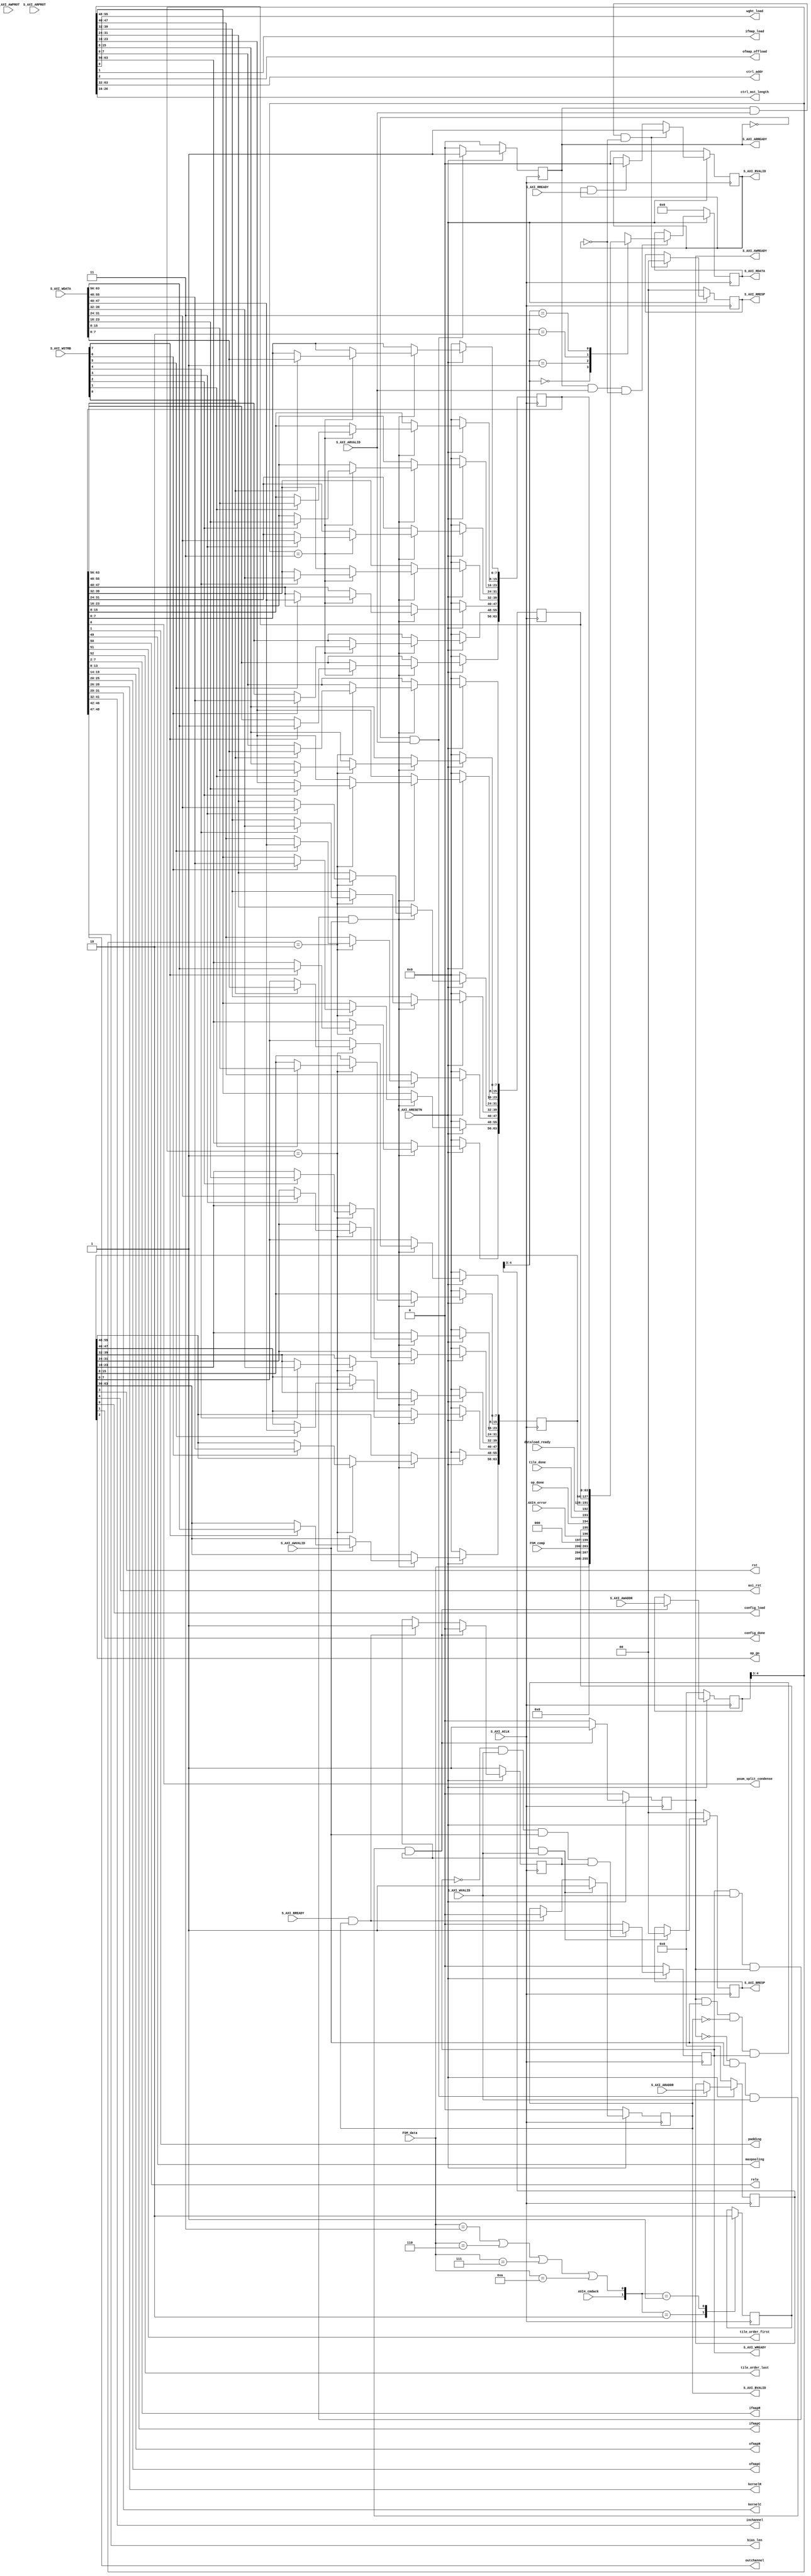

`timescale 1 ns / 1 ps

	module axi_light_slv_v1_0_S00_AXI #
	(
		// Users to add parameters here
        parameter integer C_M_AXI_ADDR_WIDTH=32,
        parameter integer C_LENGTH_WIDTH=14,
		// User parameters ends
		// Do not modify the parameters beyond this line

		// Width of S_AXI data bus
		parameter integer C_S_AXI_DATA_WIDTH	= 64,
		// Width of S_AXI address bus
		parameter integer C_S_AXI_ADDR_WIDTH	= 5
	)
	(
		// Users to add ports here
		input dataload_ready,
		input tile_done,
		input op_done,
		input AXI4_cmdack,
		input AXI4_error,
		input [3:0] FSM_comp,
		input [3:0] FSM_data,

		output rst,
		output axi_rst,
		output config_load,
		output config_done,
		output op_go,
		
		output psum_split_condense,
		output padding,
		output maxpooling,
		output relu,
		output tile_order_first,
		output tile_order_last,
		output [5:0] ifmapR,
		output [5:0] ifmapC,
		output [5:0] ofmapR,
		output [5:0] ofmapC,
		output [2:0] kernelR,
		output [2:0] kernelC,
		output [9:0] inchannel,
		output [4:0] outchannel,
		output [1:0] bias_len,

		output wght_load,
		output ifmap_load,
		output ofmap_offload,

		output [C_M_AXI_ADDR_WIDTH-1:0] ctrl_addr,
		output [C_LENGTH_WIDTH-1:3] ctrl_mst_length,
		// User ports ends
		// Do not modify the ports beyond this line

		// Global Clock Signal
		input wire  S_AXI_ACLK,
		// Global Reset Signal. This Signal is Active LOW
		input wire  S_AXI_ARESETN,
		// Write address (issued by master, acceped by Slave)
		input wire [C_S_AXI_ADDR_WIDTH-1 : 0] S_AXI_AWADDR,
		// Write channel Protection type. This signal indicates the
    		// privilege and security level of the transaction, and whether
    		// the transaction is a data access or an instruction access.
		input wire [2 : 0] S_AXI_AWPROT,
		// Write address valid. This signal indicates that the master signaling
    		// valid write address and control information.
		input wire  S_AXI_AWVALID,
		// Write address ready. This signal indicates that the slave is ready
    		// to accept an address and associated control signals.
		output wire  S_AXI_AWREADY,
		// Write data (issued by master, acceped by Slave) 
		input wire [C_S_AXI_DATA_WIDTH-1 : 0] S_AXI_WDATA,
		// Write strobes. This signal indicates which byte lanes hold
    		// valid data. There is one write strobe bit for each eight
    		// bits of the write data bus.    
		input wire [(C_S_AXI_DATA_WIDTH/8)-1 : 0] S_AXI_WSTRB,
		// Write valid. This signal indicates that valid write
    		// data and strobes are available.
		input wire  S_AXI_WVALID,
		// Write ready. This signal indicates that the slave
    		// can accept the write data.
		output wire  S_AXI_WREADY,
		// Write response. This signal indicates the status
    		// of the write transaction.
		output wire [1 : 0] S_AXI_BRESP,
		// Write response valid. This signal indicates that the channel
    		// is signaling a valid write response.
		output wire  S_AXI_BVALID,
		// Response ready. This signal indicates that the master
    		// can accept a write response.
		input wire  S_AXI_BREADY,
		// Read address (issued by master, acceped by Slave)
		input wire [C_S_AXI_ADDR_WIDTH-1 : 0] S_AXI_ARADDR,
		// Protection type. This signal indicates the privilege
    		// and security level of the transaction, and whether the
    		// transaction is a data access or an instruction access.
		input wire [2 : 0] S_AXI_ARPROT,
		// Read address valid. This signal indicates that the channel
    		// is signaling valid read address and control information.
		input wire  S_AXI_ARVALID,
		// Read address ready. This signal indicates that the slave is
    		// ready to accept an address and associated control signals.
		output wire  S_AXI_ARREADY,
		// Read data (issued by slave)
		output wire [C_S_AXI_DATA_WIDTH-1 : 0] S_AXI_RDATA,
		// Read response. This signal indicates the status of the
    		// read transfer.
		output wire [1 : 0] S_AXI_RRESP,
		// Read valid. This signal indicates that the channel is
    		// signaling the required read data.
		output wire  S_AXI_RVALID,
		// Read ready. This signal indicates that the master can
    		// accept the read data and response information.
		input wire  S_AXI_RREADY
	);

	reg cmdackstate;
	wire cmpltstate;

	// AXI4LITE signals
	reg [C_S_AXI_ADDR_WIDTH-1 : 0] 	axi_awaddr;
	reg  	axi_awready;
	reg  	axi_wready;
	reg [1 : 0] 	axi_bresp;
	reg  	axi_bvalid;
	reg [C_S_AXI_ADDR_WIDTH-1 : 0] 	axi_araddr;
	reg  	axi_arready;
	reg [C_S_AXI_DATA_WIDTH-1 : 0] 	axi_rdata;
	reg [1 : 0] 	axi_rresp;
	reg  	axi_rvalid;

	// Example-specific design signals
	// local parameter for addressing 32 bit / 64 bit C_S_AXI_DATA_WIDTH
	// ADDR_LSB is used for addressing 32/64 bit registers/memories
	// ADDR_LSB = 2 for 32 bits (n downto 2)
	// ADDR_LSB = 3 for 64 bits (n downto 3)
	localparam integer ADDR_LSB = (C_S_AXI_DATA_WIDTH/32) + 1;
	localparam integer OPT_MEM_ADDR_BITS = 1;
	//----------------------------------------------
	//-- Signals for user logic register space example
	//------------------------------------------------
	//-- Number of Slave Registers 4
	reg [C_S_AXI_DATA_WIDTH-1:0]	slv_reg0;
	reg [C_S_AXI_DATA_WIDTH-1:0]	slv_reg1;
	reg [C_S_AXI_DATA_WIDTH-1:0]	slv_reg2;
	reg [C_S_AXI_DATA_WIDTH-1:0]	slv_reg3;
	wire	 slv_reg_rden;
	wire	 slv_reg_wren;
	reg [C_S_AXI_DATA_WIDTH-1:0]	 reg_data_out;
	integer	 byte_index;
	reg	 aw_en;

	// I/O Connections assignments

	assign S_AXI_AWREADY	= axi_awready;
	assign S_AXI_WREADY	= axi_wready;
	assign S_AXI_BRESP	= axi_bresp;
	assign S_AXI_BVALID	= axi_bvalid;
	assign S_AXI_ARREADY	= axi_arready;
	assign S_AXI_RDATA	= axi_rdata;
	assign S_AXI_RRESP	= axi_rresp;
	assign S_AXI_RVALID	= axi_rvalid;
	// Implement axi_awready generation
	// axi_awready is asserted for one S_AXI_ACLK clock cycle when both
	// S_AXI_AWVALID and S_AXI_WVALID are asserted. axi_awready is
	// de-asserted when reset is low.

	always @( posedge S_AXI_ACLK )
	begin
	  if ( S_AXI_ARESETN == 1'b0 )
	    begin
	      axi_awready <= 1'b0;
	      aw_en <= 1'b1;
	    end 
	  else
	    begin    
	      if (~axi_awready && S_AXI_AWVALID && S_AXI_WVALID && aw_en)
	        begin
	          // slave is ready to accept write address when 
	          // there is a valid write address and write data
	          // on the write address and data bus. This design 
	          // expects no outstanding transactions. 
	          axi_awready <= 1'b1;
	          aw_en <= 1'b0;
	        end
	        else if (S_AXI_BREADY && axi_bvalid)
	            begin
	              aw_en <= 1'b1;
	              axi_awready <= 1'b0;
	            end
	      else           
	        begin
	          axi_awready <= 1'b0;
	        end
	    end 
	end       

	// Implement axi_awaddr latching
	// This process is used to latch the address when both 
	// S_AXI_AWVALID and S_AXI_WVALID are valid. 

	always @( posedge S_AXI_ACLK )
	begin
	  if ( S_AXI_ARESETN == 1'b0 )
	    begin
	      axi_awaddr <= 0;
	    end 
	  else
	    begin    
	      if (~axi_awready && S_AXI_AWVALID && S_AXI_WVALID && aw_en)
	        begin
	          // Write Address latching 
	          axi_awaddr <= S_AXI_AWADDR;
	        end
	    end 
	end       

	// Implement axi_wready generation
	// axi_wready is asserted for one S_AXI_ACLK clock cycle when both
	// S_AXI_AWVALID and S_AXI_WVALID are asserted. axi_wready is 
	// de-asserted when reset is low. 

	always @( posedge S_AXI_ACLK )
	begin
	  if ( S_AXI_ARESETN == 1'b0 )
	    begin
	      axi_wready <= 1'b0;
	    end 
	  else
	    begin    
	      if (~axi_wready && S_AXI_WVALID && S_AXI_AWVALID && aw_en )
	        begin
	          // slave is ready to accept write data when 
	          // there is a valid write address and write data
	          // on the write address and data bus. This design 
	          // expects no outstanding transactions. 
	          axi_wready <= 1'b1;
	        end
	      else
	        begin
	          axi_wready <= 1'b0;
	        end
	    end 
	end       

	// Implement memory mapped register select and write logic generation
	// The write data is accepted and written to memory mapped registers when
	// axi_awready, S_AXI_WVALID, axi_wready and S_AXI_WVALID are asserted. Write strobes are used to
	// select byte enables of slave registers while writing.
	// These registers are cleared when reset (active low) is applied.
	// Slave register write enable is asserted when valid address and data are available
	// and the slave is ready to accept the write address and write data.
	assign slv_reg_wren = axi_wready && S_AXI_WVALID && axi_awready && S_AXI_AWVALID;

	always @( posedge S_AXI_ACLK )
	begin
	  if ( S_AXI_ARESETN == 1'b0 )
	    begin
	      slv_reg0 <= 0;
	      slv_reg1 <= 0;
	      slv_reg2 <= 0;
	      slv_reg3 <= 0;
	    end 
	  else begin
	    if (slv_reg_wren)
	      begin
	        case ( axi_awaddr[ADDR_LSB+OPT_MEM_ADDR_BITS:ADDR_LSB] )
	          2'h0:
	            for ( byte_index = 0; byte_index <= (C_S_AXI_DATA_WIDTH/8)-1; byte_index = byte_index+1 )
	              if ( S_AXI_WSTRB[byte_index] == 1 ) begin
	                // Respective byte enables are asserted as per write strobes 
	                // Slave register 0
	                slv_reg0[(byte_index*8) +: 8] <= S_AXI_WDATA[(byte_index*8) +: 8];
	              end  
	          2'h1:
	            for ( byte_index = 0; byte_index <= (C_S_AXI_DATA_WIDTH/8)-1; byte_index = byte_index+1 )
	              if ( S_AXI_WSTRB[byte_index] == 1 ) begin
	                // Respective byte enables are asserted as per write strobes 
	                // Slave register 1
	                slv_reg1[(byte_index*8) +: 8] <= S_AXI_WDATA[(byte_index*8) +: 8];
	              end  
	          2'h2:
	            for ( byte_index = 0; byte_index <= (C_S_AXI_DATA_WIDTH/8)-1; byte_index = byte_index+1 )
	              if ( S_AXI_WSTRB[byte_index] == 1 ) begin
	                // Respective byte enables are asserted as per write strobes 
	                // Slave register 2
	                slv_reg2[(byte_index*8) +: 8] <= S_AXI_WDATA[(byte_index*8) +: 8];
	              end  
	          2'h3:
	            for ( byte_index = 0; byte_index <= (C_S_AXI_DATA_WIDTH/8)-1; byte_index = byte_index+1 )
	              if ( S_AXI_WSTRB[byte_index] == 1 ) begin
	                // Respective byte enables are asserted as per write strobes 
	                // Slave register 3
	                slv_reg3[(byte_index*8) +: 8] <= S_AXI_WDATA[(byte_index*8) +: 8];
	              end  
	          default : begin
	                      slv_reg0 <= slv_reg0;
	                      slv_reg1 <= slv_reg1;
	                      slv_reg2 <= slv_reg2;
	                      slv_reg3 <= slv_reg3;
	                    end
	        endcase
	      end
	  end
	end    

	// Implement write response logic generation
	// The write response and response valid signals are asserted by the slave 
	// when axi_wready, S_AXI_WVALID, axi_wready and S_AXI_WVALID are asserted.  
	// This marks the acceptance of address and indicates the status of 
	// write transaction.

	always @( posedge S_AXI_ACLK )
	begin
	  if ( S_AXI_ARESETN == 1'b0 )
	    begin
	      axi_bvalid  <= 0;
	      axi_bresp   <= 2'b0;
	    end 
	  else
	    begin    
	      if (axi_awready && S_AXI_AWVALID && ~axi_bvalid && axi_wready && S_AXI_WVALID)
	        begin
	          // indicates a valid write response is available
	          axi_bvalid <= 1'b1;
	          axi_bresp  <= 2'b0; // 'OKAY' response 
	        end                   // work error responses in future
	      else
	        begin
	          if (S_AXI_BREADY && axi_bvalid) 
	            //check if bready is asserted while bvalid is high) 
	            //(there is a possibility that bready is always asserted high)   
	            begin
	              axi_bvalid <= 1'b0; 
	            end  
	        end
	    end
	end   

	// Implement axi_arready generation
	// axi_arready is asserted for one S_AXI_ACLK clock cycle when
	// S_AXI_ARVALID is asserted. axi_awready is 
	// de-asserted when reset (active low) is asserted. 
	// The read address is also latched when S_AXI_ARVALID is 
	// asserted. axi_araddr is reset to zero on reset assertion.

	always @( posedge S_AXI_ACLK )
	begin
	  if ( S_AXI_ARESETN == 1'b0 )
	    begin
	      axi_arready <= 1'b0;
	      axi_araddr  <= 32'b0;
	    end 
	  else
	    begin    
	      if (~axi_arready && S_AXI_ARVALID)
	        begin
	          // indicates that the slave has acceped the valid read address
	          axi_arready <= 1'b1;
	          // Read address latching
	          axi_araddr  <= S_AXI_ARADDR;
	        end
	      else
	        begin
	          axi_arready <= 1'b0;
	        end
	    end 
	end       

	// Implement axi_arvalid generation
	// axi_rvalid is asserted for one S_AXI_ACLK clock cycle when both 
	// S_AXI_ARVALID and axi_arready are asserted. The slave registers 
	// data are available on the axi_rdata bus at this instance. The 
	// assertion of axi_rvalid marks the validity of read data on the 
	// bus and axi_rresp indicates the status of read transaction.axi_rvalid 
	// is deasserted on reset (active low). axi_rresp and axi_rdata are 
	// cleared to zero on reset (active low).  
	always @( posedge S_AXI_ACLK )
	begin
	  if ( S_AXI_ARESETN == 1'b0 )
	    begin
	      axi_rvalid <= 0;
	      axi_rresp  <= 0;
	    end 
	  else
	    begin    
	      if (axi_arready && S_AXI_ARVALID && ~axi_rvalid)
	        begin
	          // Valid read data is available at the read data bus
	          axi_rvalid <= 1'b1;
	          axi_rresp  <= 2'b0; // 'OKAY' response
	        end   
	      else if (axi_rvalid && S_AXI_RREADY)
	        begin
	          // Read data is accepted by the master
	          axi_rvalid <= 1'b0;
	        end                
	    end
	end    

	// Implement memory mapped register select and read logic generation
	// Slave register read enable is asserted when valid address is available
	// and the slave is ready to accept the read address.
	assign slv_reg_rden = axi_arready & S_AXI_ARVALID & ~axi_rvalid;
	always @(*)
	begin
	      // Address decoding for reading registers
	      case ( axi_araddr[ADDR_LSB+OPT_MEM_ADDR_BITS:ADDR_LSB] )
		  	// status flags modification
	        2'h0   : reg_data_out <= {48'd0,FSM_data,FSM_comp,3'd0,AXI4_error,cmdackstate,op_done,tile_done,dataload_ready};//{51'd0,FSM_data,FSM_comp,AXI4_error,cmdackstate,op_done,tile_done,dataload_ready};
	        2'h1   : reg_data_out <= slv_reg1;
	        2'h2   : reg_data_out <= slv_reg2;
	        2'h3   : reg_data_out <= slv_reg3;
	        default : reg_data_out <= 0;
	      endcase
	end

	// Output register or memory read data
	always @( posedge S_AXI_ACLK )
	begin
	  if ( S_AXI_ARESETN == 1'b0 )
	    begin
	      axi_rdata  <= 0;
	    end 
	  else
	    begin    
	      // When there is a valid read address (S_AXI_ARVALID) with 
	      // acceptance of read address by the slave (axi_arready), 
	      // output the read dada 
	      if (slv_reg_rden)
	        begin
	          axi_rdata <= reg_data_out;     // register read data
	        end   
	    end
	end    

	// Add user logic here
	
	// cmdack flag gen
	assign cmpltstate= (FSM_data==4'd3 || FSM_data==4'd6 || FSM_data==4'd7 || FSM_data==4'd10);

	always @(posedge S_AXI_ACLK) 
	begin
		case ({AXI4_cmdack,cmpltstate})
			2'b10: cmdackstate<=1'b1;
			2'b01: cmdackstate<=1'b0;
			default: cmdackstate<=cmdackstate;
		endcase
	end

	// op ctrl
	assign config_load=slv_reg1[0];
	assign config_done=slv_reg1[1];
	assign op_go=slv_reg1[2];
	assign rst=slv_reg1[3];
	assign axi_rst=slv_reg1[4];

	// AMB R/W ctrl
	assign wght_load=slv_reg2[0];
	assign ifmap_load=slv_reg2[1];
	assign ofmap_offload=slv_reg2[2];
	assign ctrl_mst_length=slv_reg2[26:16];
	assign ctrl_addr=slv_reg2[63:32];

	// config registers
	assign psum_split_condense=slv_reg3[0];
	assign padding=slv_reg3[1];
	assign ifmapR=slv_reg3[7:2];
	assign ifmapC=slv_reg3[13:8];
	assign ofmapR=slv_reg3[19:14];
	assign ofmapC=slv_reg3[25:20];
	assign kernelR=slv_reg3[28:26];
	assign kernelC=slv_reg3[31:29];
	assign inchannel=slv_reg3[41:32];
	assign outchannel=slv_reg3[46:42];
	assign bias_len=slv_reg3[48:47];
	assign maxpooling=slv_reg3[49];
	assign relu=slv_reg3[50];
	assign tile_order_first=slv_reg3[51];
	assign tile_order_last=slv_reg3[52];

	// User logic ends

	endmodule